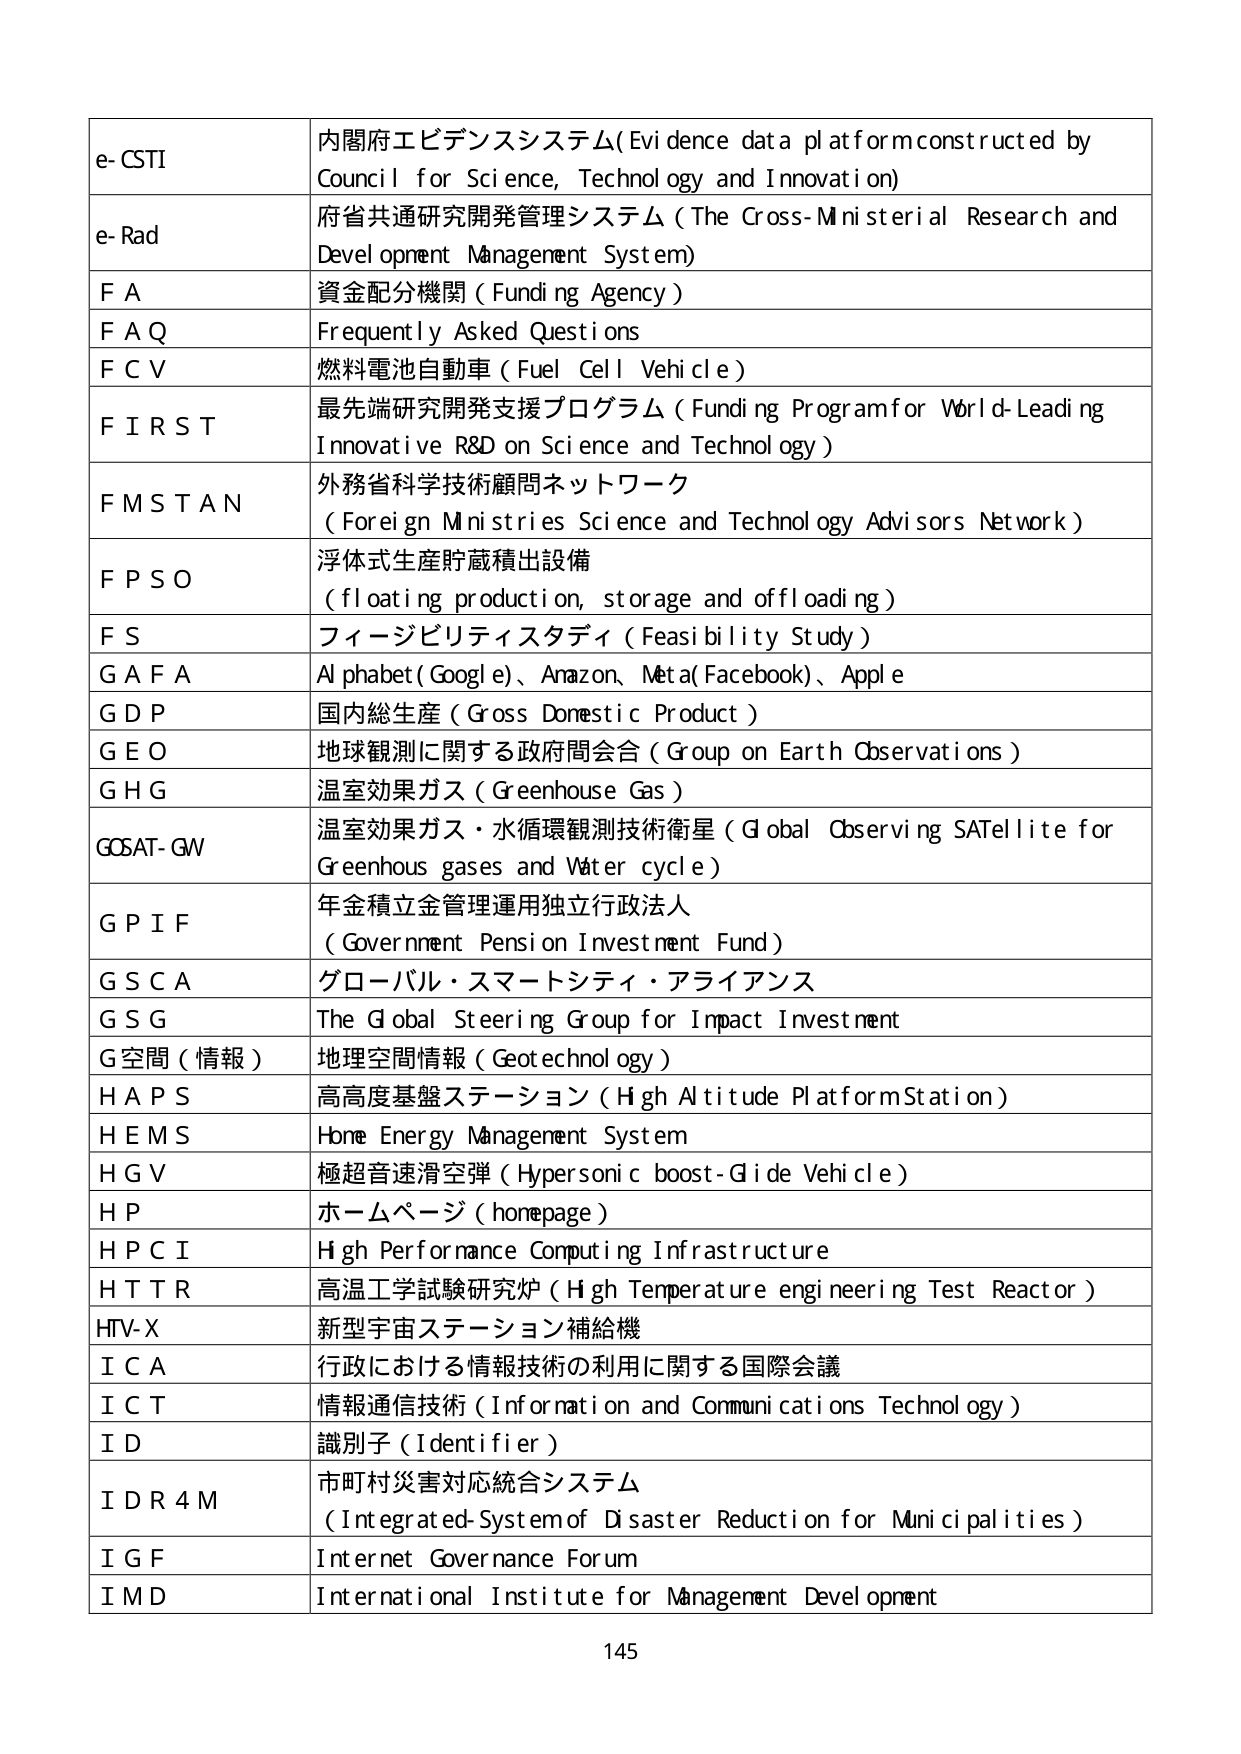
e-CSTI 内閣府エビデンスシステム (Evidence data platform constructed by Council for Science, Technology and Innovation)
e-Rad 府省共通研究開発管理システム (The Cross-Ministerial Research and Development Management System)
F A 資金配分機関 (Funding Agency)
F A Q Frequently Asked Questions
F C V 燃料電池自動車 (Fuel Cell Vehicle)
F I R S T 最先端研究開発支援プログラム (Funding Program for World-Leading Innovative R&D on Science and Technology)
F M S T A N 外務省科学技術顧問ネットワーク (Foreign Ministries Science and Technology Advisors Network)
F P S O 浮体式生産貯蔵積出設備 (floating production, storage and offloading)
F S フィージビリティスタディ (Feasibility Study)
G A F A Alphabet (Google)、Amazon、Meta(Facebook)、Apple
G D P 国内総生産 (Gross Domestic Product)
G E O 地球観測に関する政府間会合 (Group on Earth Observations)
G H G 温室効果ガス (Greenhouse Gas)
GOSAT-GW 温室効果ガス・水循環観測技術衛星 (Global Observing SATellite for Greenhouse gases and Water cycle)
G P I F 年金積立金管理運用独立行政法人 (Government Pension Investment Fund)
G S C A グローバル・スマートシティ・アライアンス
G S G The Global Steering Group for Impact Investment
G空間（情報） 地理空間情報 (Geotechnology)
H A P S 高高度基盤ステーション (High Altitude Platform Station)
H E M S Home Energy Management System
H G V 極超音速滑空弾 (Hypersonic boost-Glide Vehicle)
H P ホームページ (homepage)
H P C I High Performance Computing Infrastructure
H T T R 高温工学試験研究炉 (High Temperature engineering Test Reactor)
HTV-X 新型宇宙ステーション補給機
I C A 行政における情報技術の利用に関する国際会議
I C T 情報通信技術 (Information and Communications Technology)
I D 識別子 (Identifier)
I D R 4 M 市町村災害対応統合システム (Integrated-System of Disaster Reduction for Municipalities)
I G F Internet Governance Forum
I M D International Institute for Management Development
145